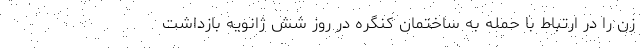
زن را در ارتباط با حمله به ساختمان کنگره در روز شش ژانویه بازداشت